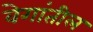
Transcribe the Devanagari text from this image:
वेगांतील